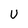
Character: U